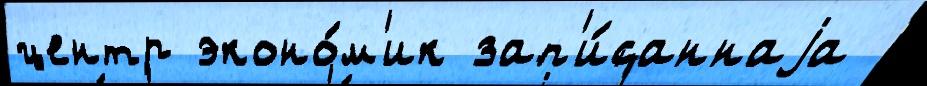
центр эконо́м'ик зап'и́саннаjа